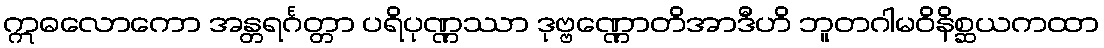
ဣဓလောကော အန္တရင်္ဂတ္တာ ပရိပုဏ္ဏဿာ ဒုဗ္ဗဏ္ဏောတိအာဒီဟိ ဘူတဂါမဝိနိစ္ဆယကထာ